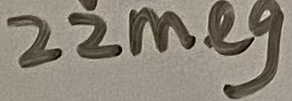
Text: 22meg